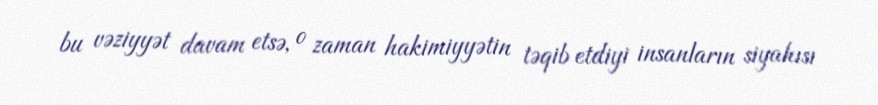
bu vəziyyət davam etsə, o zaman hakimiyyətin təqib etdiyi insanların siyahısı